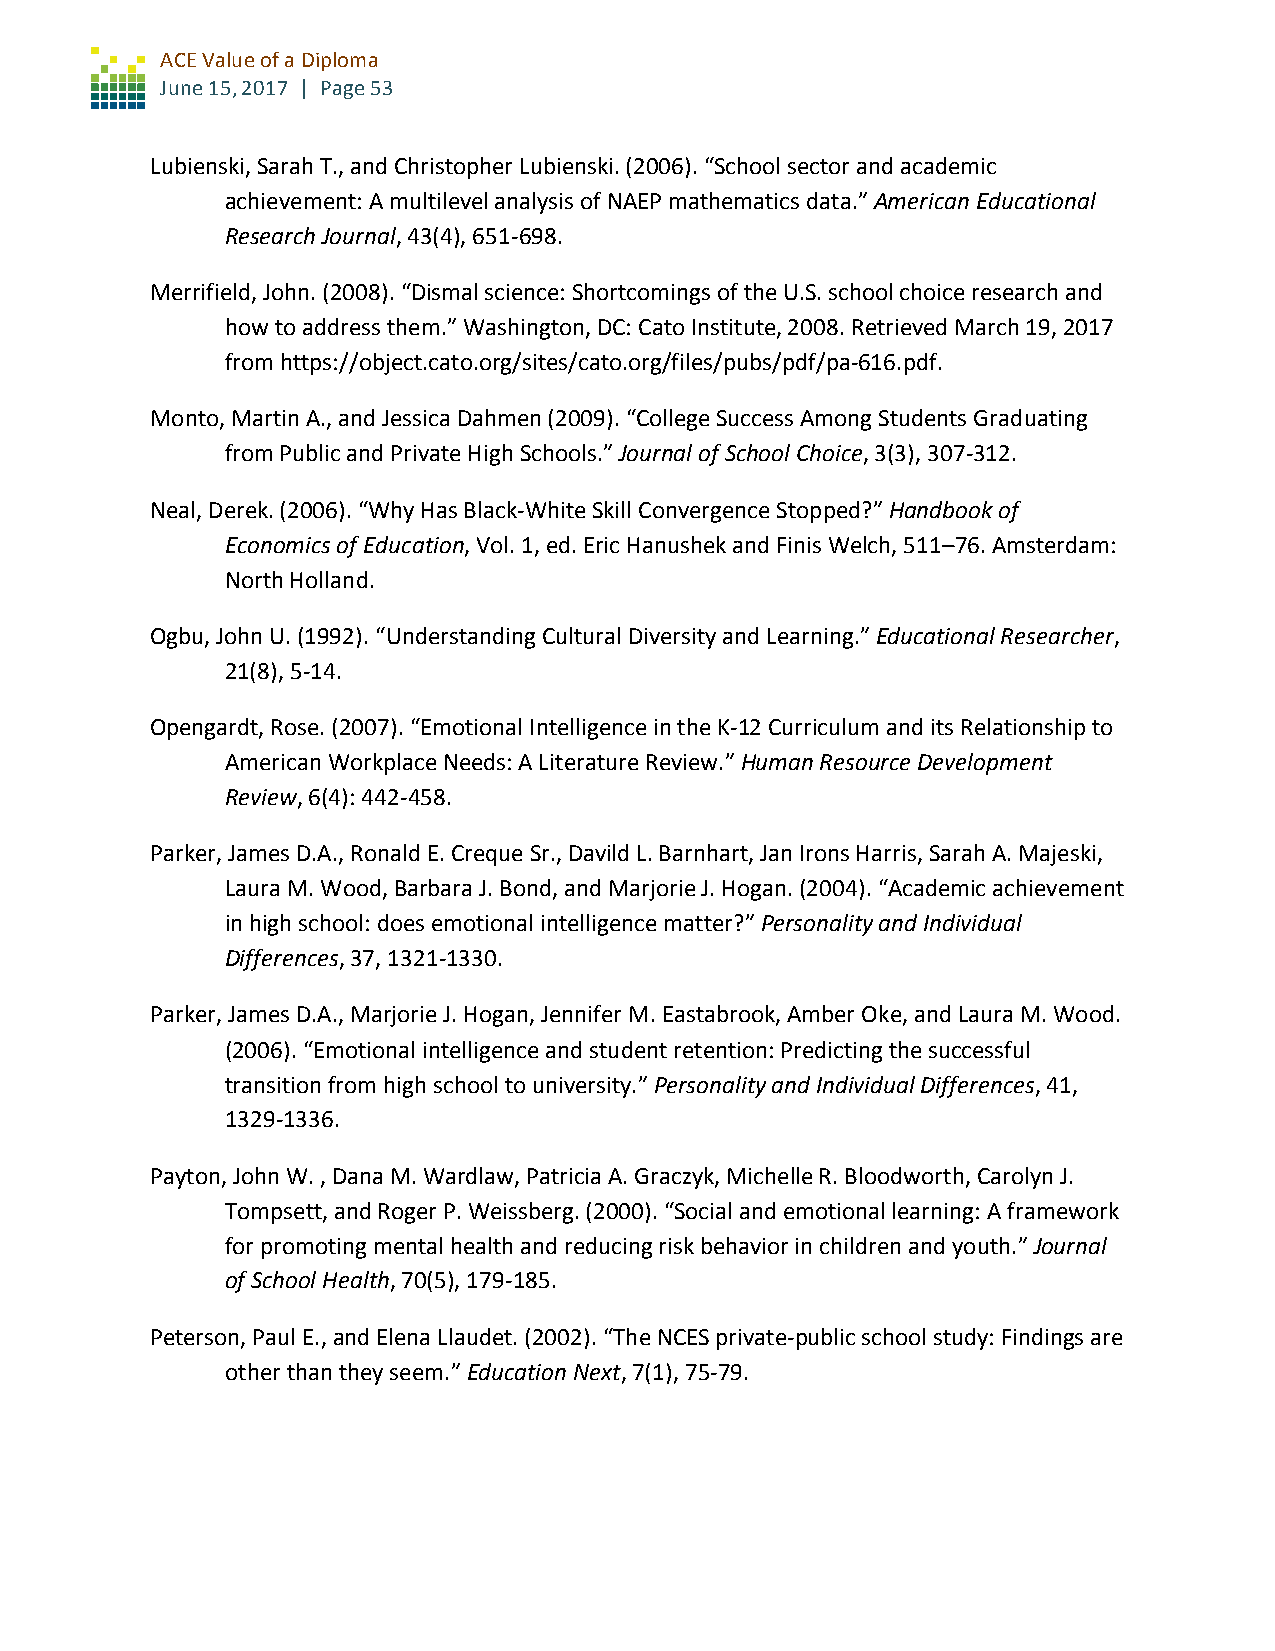
ACE Value of a Diploma
 June 15, 2017 | Page 53
 Lubienski, Sarah T., and Christopher Lubienski. (2006). “School sector and academic
 achievement: A multilevel analysis of NAEP mathematics data.” American Educational
 Research Journal, 43(4), 651-698.
 Merrifield, John. (2008). “Dismal science: Shortcomings of the U.S. school choice research and
 how to address them.” Washington, DC: Cato Institute, 2008. Retrieved March 19, 2017
 from https://object.cato.org/sites/cato.org/files/pubs/pdf/pa-616.pdf.
 Monto, Martin A., and Jessica Dahmen (2009). “College Success Among Students Graduating
 from Public and Private High Schools.” Journal of School Choice, 3(3), 307-312.
 Neal, Derek. (2006). “Why Has Black-White Skill Convergence Stopped?” Handbook of
 Economics of Education, Vol. 1, ed. Eric Hanushek and Finis Welch, 511–76. Amsterdam:
 North Holland.
 Ogbu, John U. (1992). “Understanding Cultural Diversity and Learning.” Educational Researcher,
 21(8), 5-14.
 Opengardt, Rose. (2007). “Emotional Intelligence in the K-12 Curriculum and its Relationship to
 American Workplace Needs: A Literature Review.” Human Resource Development
 Review, 6(4): 442-458.
 Parker, James D.A., Ronald E. Creque Sr., Davild L. Barnhart, Jan Irons Harris, Sarah A. Majeski,
 Laura M. Wood, Barbara J. Bond, and Marjorie J. Hogan. (2004). “Academic achievement
 in high school: does emotional intelligence matter?” Personality and Individual
 Differences, 37, 1321-1330.
 Parker, James D.A., Marjorie J. Hogan, Jennifer M. Eastabrook, Amber Oke, and Laura M. Wood.
 (2006). “Emotional intelligence and student retention: Predicting the successful
 transition from high school to university.” Personality and Individual Differences, 41,
 1329-1336.
 Payton, John W. , Dana M. Wardlaw, Patricia A. Graczyk, Michelle R. Bloodworth, Carolyn J.
 Tompsett, and Roger P. Weissberg. (2000). “Social and emotional learning: A framework
 for promoting mental health and reducing risk behavior in children and youth.” Journal
 of School Health, 70(5), 179-185.
 Peterson, Paul E., and Elena Llaudet. (2002). “The NCES private-public school study: Findings are
 other than they seem.” Education Next, 7(1), 75-79.